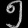
Digit: ၅